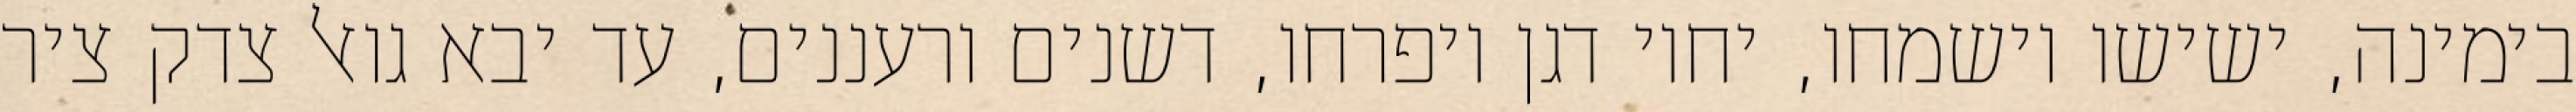
בימינה, ישישו וישמחו, יחיו דגן ויפרחו, דשנים ורעננים, עד יבא גואל צדק ציר